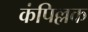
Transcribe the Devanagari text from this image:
कंपिल्लक